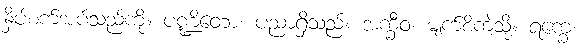
နှိပ်စက်အပ်သည်ကို။ ပဏ္ဍိတော၊ ပညာရှိသည်။ အက္ခီဝ၊ မျက်စိကဲ့သို့။ ရက္ခေ၊